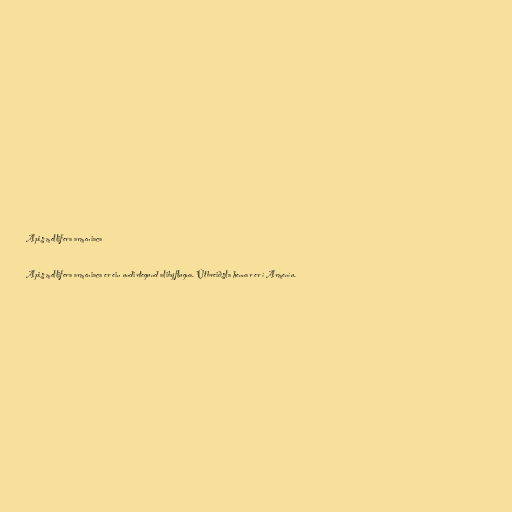
Apis mellifera armeniaca

Apis mellifera armeniaca er ein undirtegund alibýflugna. Útbreiðsla hennar er í Armeníu.